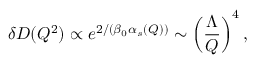
\delta D ( Q ^ { 2 } ) \propto e ^ { 2 / ( \beta _ { 0 } \alpha _ { s } ( Q ) ) } \sim \left( \frac { \Lambda } { Q } \right) ^ { 4 } ,